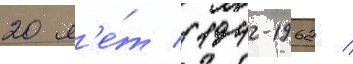
20 л'е́т (1942-1962 /